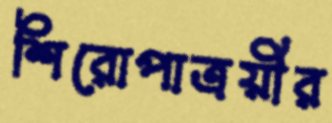
শিরোপাত্রয়ীর